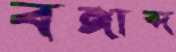
বঙ্গাব্দ